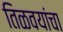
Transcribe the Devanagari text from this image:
तिळवयांचा